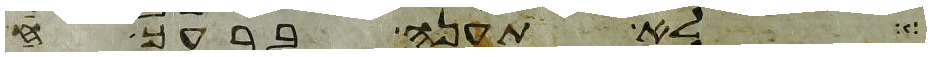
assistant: לא תענה ברעך